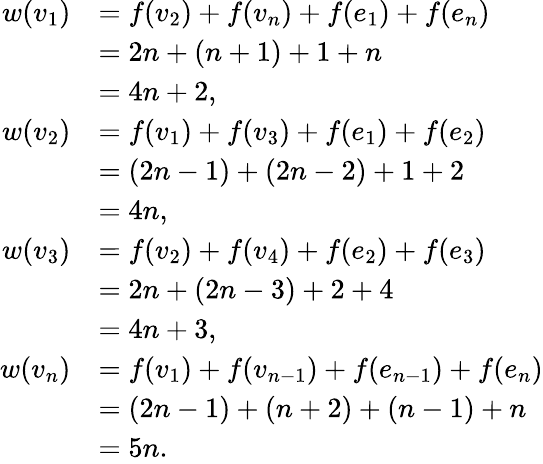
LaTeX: \begin{array}{rl}{w(v_{1})}&{=f(v_{2})+f(v_{n})+f(e_{1})+f(e_{n})}\\ &{=2n+(n+1)+1+n}\\ &{=4n+2,}\\ {w(v_{2})}&{=f(v_{1})+f(v_{3})+f(e_{1})+f(e_{2})}\\ &{=(2n-1)+(2n-2)+1+2}\\ &{=4n,}\\ {w(v_{3})}&{=f(v_{2})+f(v_{4})+f(e_{2})+f(e_{3})}\\ &{=2n+(2n-3)+2+4}\\ &{=4n+3,}\\ {w(v_{n})}&{=f(v_{1})+f(v_{n-1})+f(e_{n-1})+f(e_{n})}\\ &{=(2n-1)+(n+2)+(n-1)+n}\\ &{=5n.}\end{array}